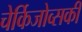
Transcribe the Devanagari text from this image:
चेर्किजोव्सकी